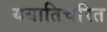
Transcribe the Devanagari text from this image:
ययातिचरित